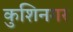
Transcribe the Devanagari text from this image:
कुशिनगर